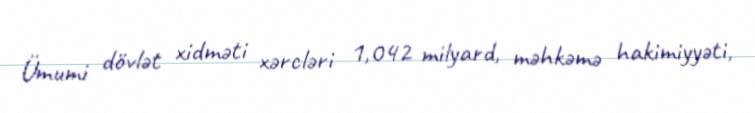
Ümumi dövlət xidməti xərcləri 1,042 milyard, məhkəmə hakimiyyəti,